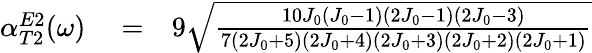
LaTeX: \begin{array}{rlr}{\alpha_{T2}^{E2}(\omega)}&{{}=}&{9\sqrt{\frac{10J_{0}(J_{0}-1)(2J_{0}-1)(2J_{0}-3)}{7(2J_{0}+5)(2J_{0}+4)(2J_{0}+3)(2J_{0}+2)(2J_{0}+1)}}}\end{array}